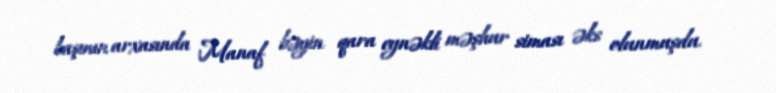
başının arxasında Manaf bəyin qara eynəkli məşhur siması əks olunmuşdu.